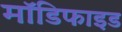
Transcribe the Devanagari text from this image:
माॅडिफाइड